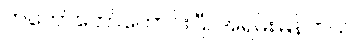
ကတော်တော်ကောင်းပြီ: အရမ်းမြန်တယ်။